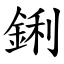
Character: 鋓